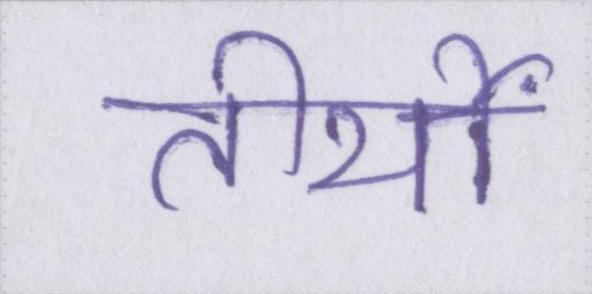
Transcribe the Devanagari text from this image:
तीर्थों